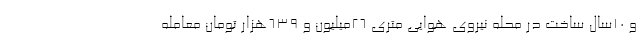
و 10سال ساخت در محله نیروی هوایی متری 26میلیون و 639هزار تومان معامله